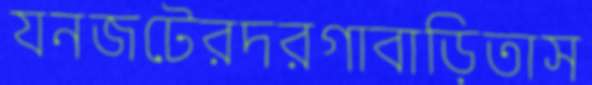
যনজটেরদরগাবাড়িতাস